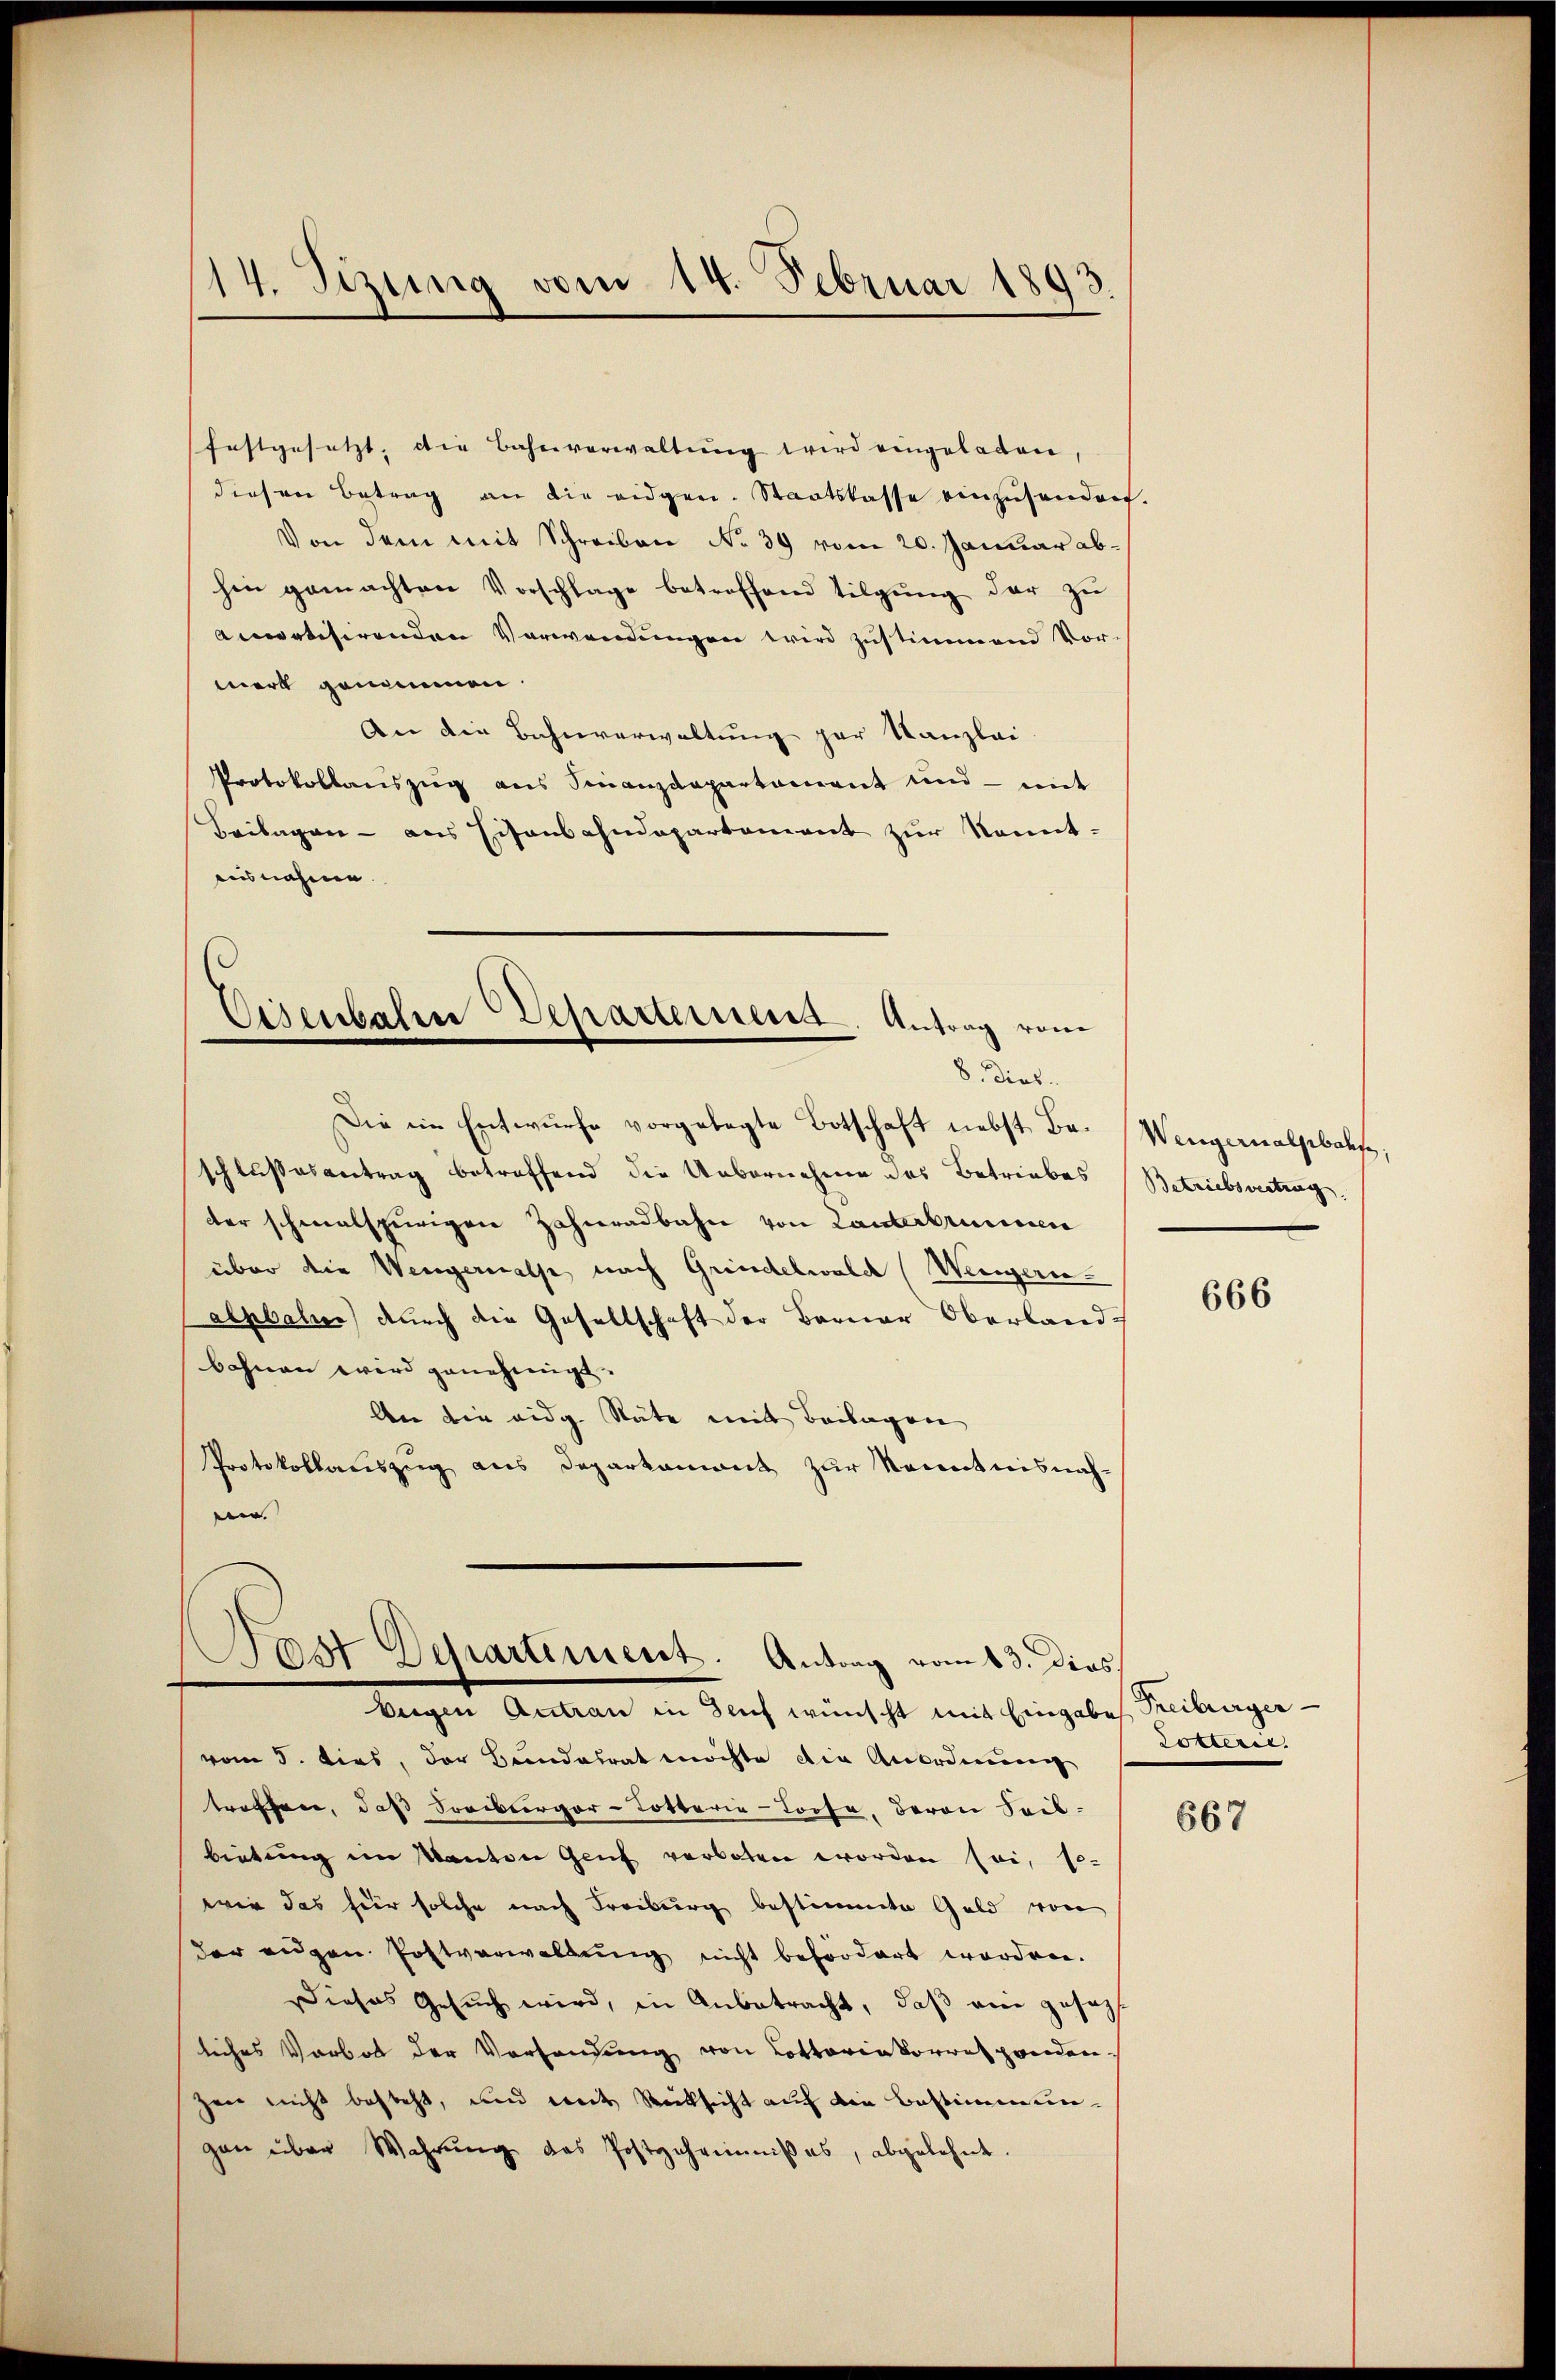
festgesetzt, die Bahnverwaltŭng wird eingeladen,
diesen Betrag an die eidgen. Staatskasse einzŭsenden.
Von dem mit Schreiben No 39 vom 20. Januar abhin gemachten Vorschlage betreffend tilgŭng der zŭ
aneatisirenden Verwendungen wird zustimmend Vor-
mert geneinnen.
An die Bahnverwaltung par Kanzlei-
Protokollauszug aus Sinanzdepartament und mit
Beilagen - aus Eisenbahndepartement zur Kenntausnahme.

14. Sezung vom 14. Februar 1893.

Eisenbahrer Departernenes Antrag von
8. Dieb.
Die im Entwurfe vorgelegte Botschaft nebst Be¬

schlußesantrag betreffend die Uebernehmen das Betriebes
der schmalspurigen Zahnradbahn von Lanterbrunnen
über die Wengernalp nach Grindelwald (Wengern-
alpbalien) durch die Gesellschaft der Berner Oberlande
bohnen wird genehmigt.
An die eidg. Räte mit Beilagen
Protokollauszug aus Deparkament zur Kenntnisnah-
een.

Post Aerartiment. Antrag vom 13. Dies
Eugen Antrau in auf wünscht mit Eingabe Freiburger

vom 5. dies, der Bundesrat möchte die Anordnung
troffen, daß Soneburger-Totterie-Torte, deron Seib-
bietung im Kanton Genf verboten worden sei, so-
wir das für solche nach Freiburg bestimmte Geld von
der eigen Postverwaltung nicht befördert worden.
Dieses Gesuch wird, in Anbetracht, daß ein gesagt
liches Vorbot der Vorhandung von Lottoriakorres prenden
zen nicht besteht, und weit Rücksicht auf die Bestimmungan über Wahrŭng das Postgeheimnißes, abgelehnt.

Wengernalsbals,
Betriebsvertrag

666

Lottern.

667